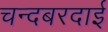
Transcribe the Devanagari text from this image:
चन्दबरदाई